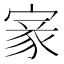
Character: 𡩵